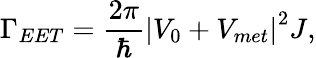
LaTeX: \Gamma_{EET}=\frac{2\pi}{\hbar}\left|V_{0}+V_{met}\right|^{2}J,